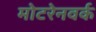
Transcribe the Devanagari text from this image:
मोटरेनवर्क